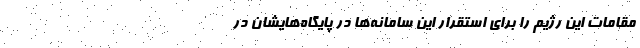
مقامات این رژیم را برای استقرار این سامانه‌ها در پایگاه‌هایشان در